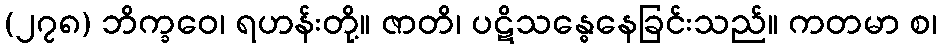
(၂၇၈) ဘိက္ခဝေ၊ ရဟန်းတို့။ ဇာတိ၊ ပဋိသန္ဓေနေခြင်းသည်။ ကတမာ စ၊